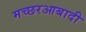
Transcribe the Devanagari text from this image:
मच्छरआबादी